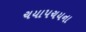
ચયાપચયના